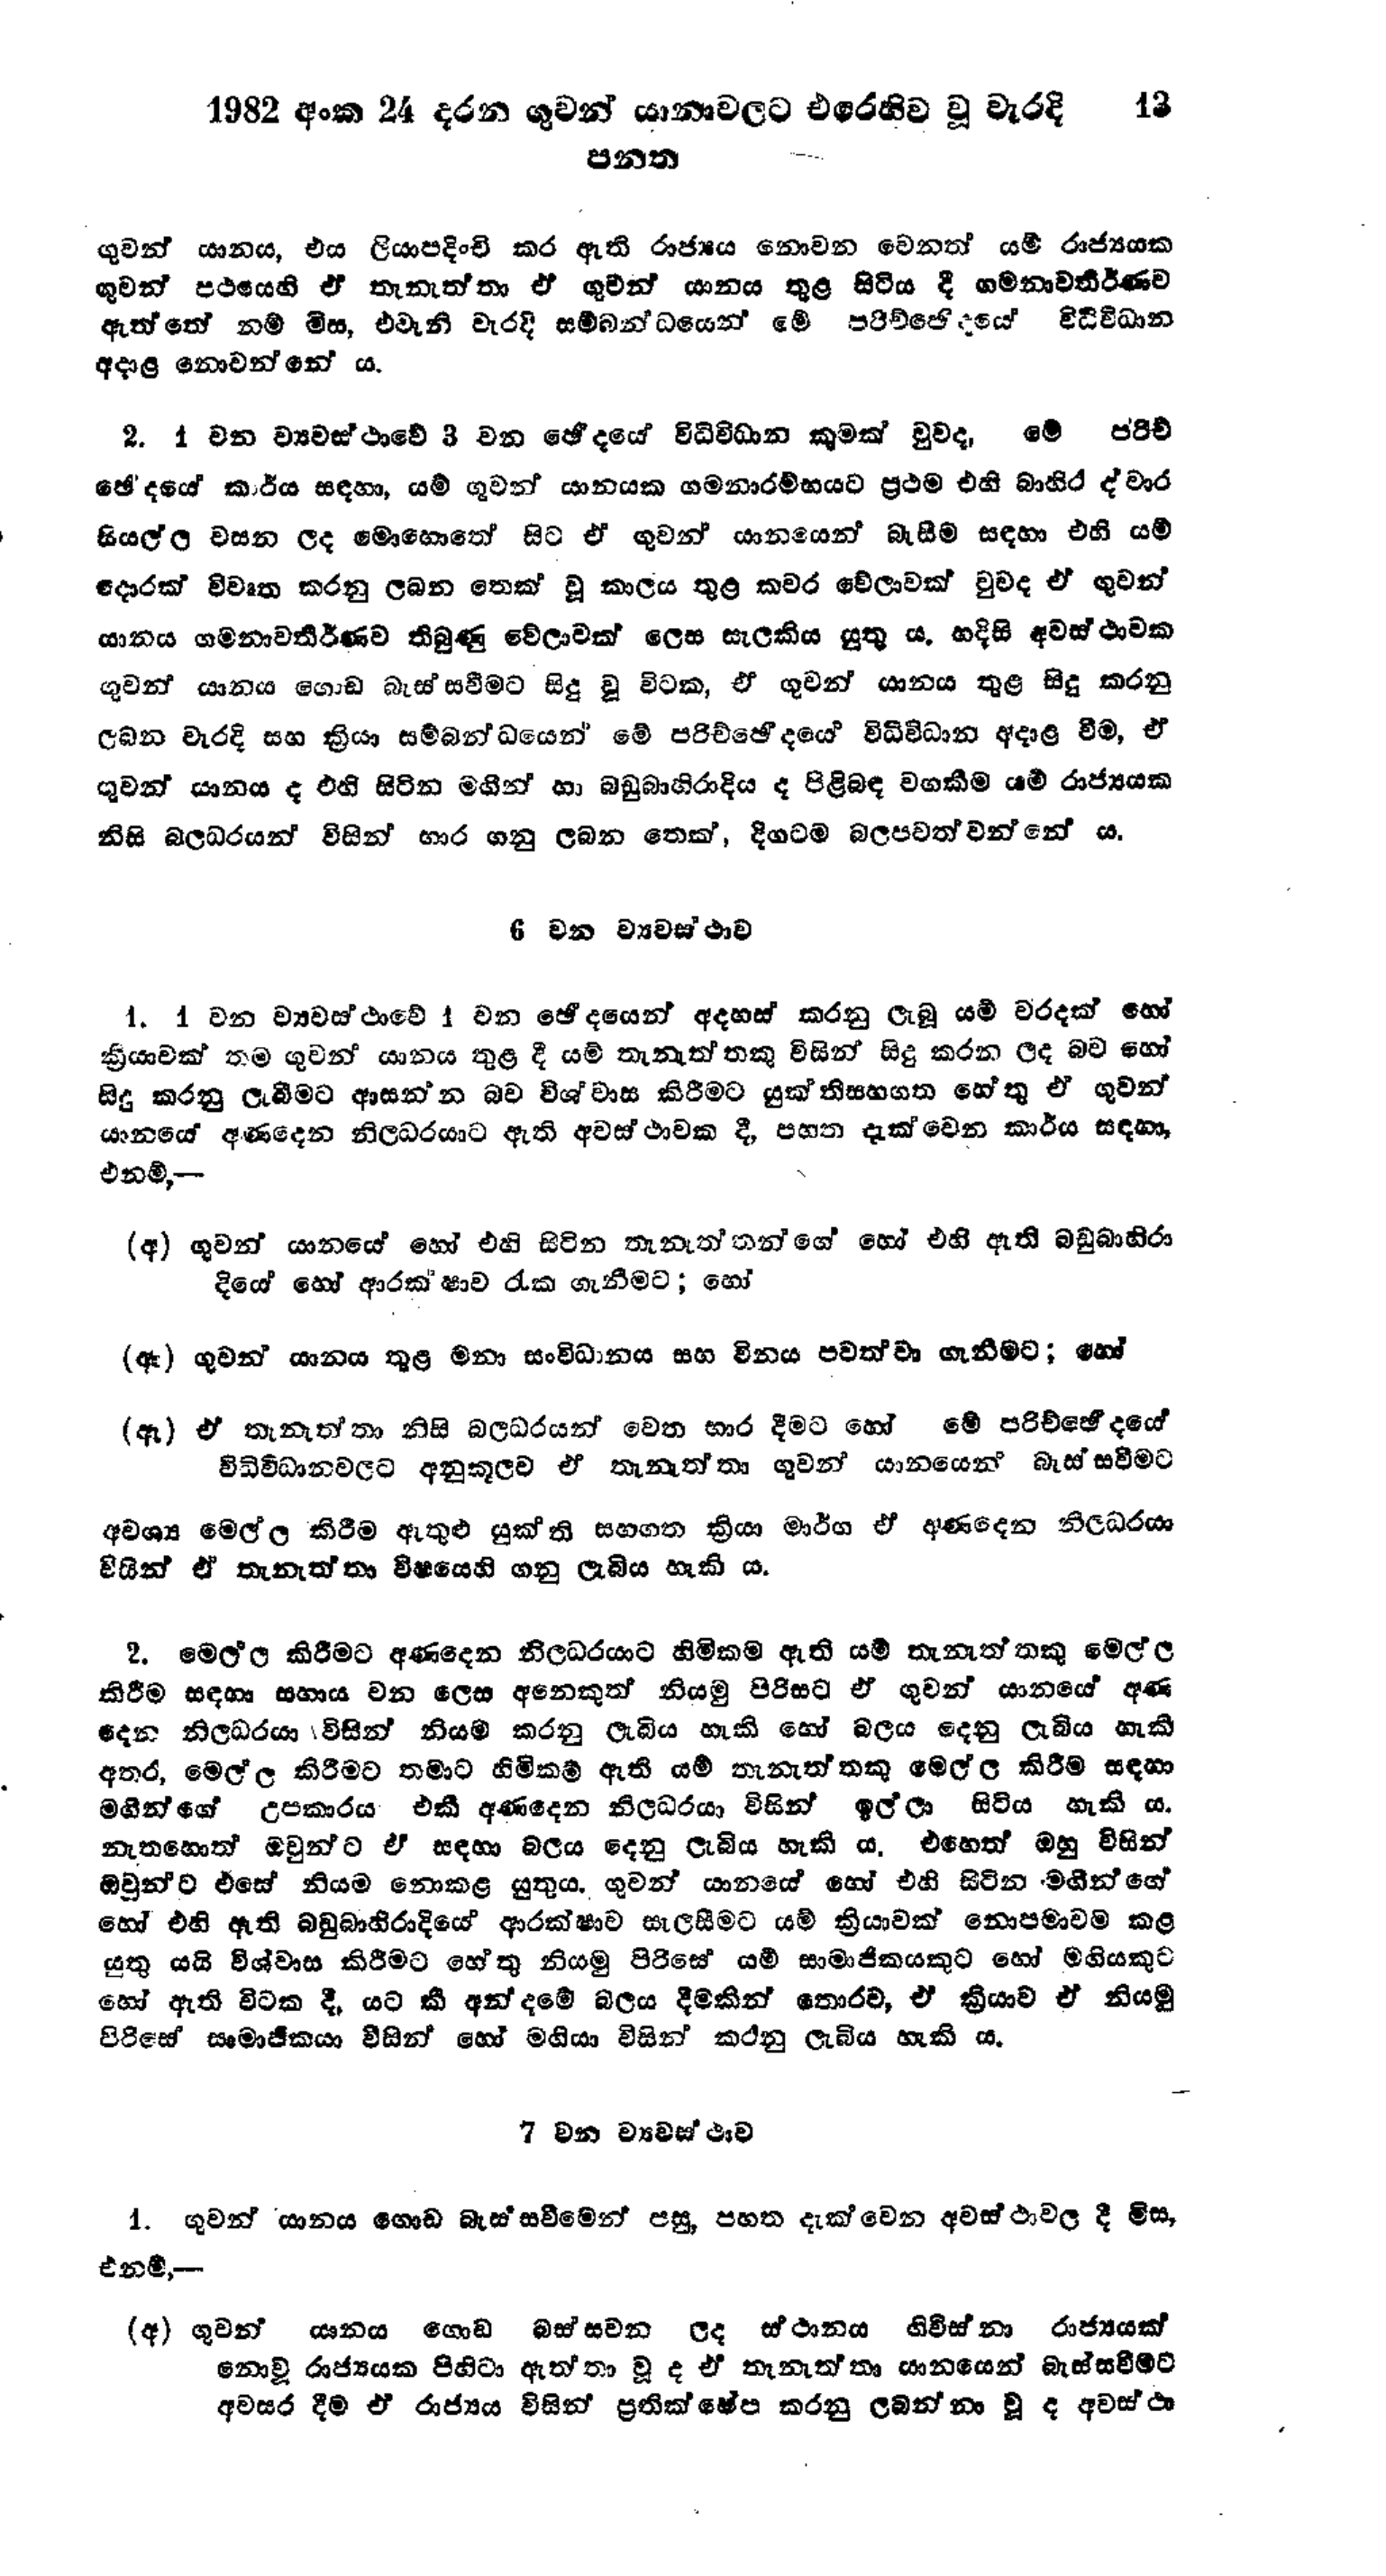
1982 අංක 24 දරන ගුවන් යානාවලට එරෙහිව වූ වැරදි  13
පනත

ගුවන් යානය, එය ලියාපදිංචි කර ඇති රාජ්‍යය නොවන වෙනත් යම් රාජ්‍යයක
ගුවන් පථයෙහි ඒ තැනැත්තා ඒ ගුවන් යානය තුළ සිටිය දී ගමනාවතීර්ණව
ඇත්තේ නම් මිස, එවැනි වැරදි සම්බන්ධයෙන් මේ පරිච්ඡෙදයෙ විධිවිධාන
අදාළ නොවන්නේ ය.

2. 1 වන ව්‍යවස්ථාවේ 3 වන ඡේදයේ විධිවිධාන කුමක් වුව ද, මේ පරිච්
ඡේදයේ කාර්ය සඳහා, යම් ගුවන් යානයක ගමනාරම්භයට ප්‍රථම එහි බාහිර ද් වාර
සියල්ල වසන ලද මොහොතේ සිට ඒ ගුවන් යානයෙන් බැසීම සඳහා එහි යම්
දොරක් විවෘත කරනු ලබන තෙක් වූ කාලය තුළ කවර වේලාවක් වුව ද ඒ ගුවන්
යානය ගමනාවර්තීර්ණව තිබුණු වේලාවක් ලෙස සැලකිය යුතු ය. හදිසි අවස්ථාවක
ගුවන් යානය ගොඩ බැස්සවීමට සිදු වූ විටක, ඒ ගුවන් යානය තුළ සිදු කරනු
ලබන වැරදි සහ ක්‍රියා සම්බන්ධයෙන් මේ පරිච්ඡේදයේ විධිවිධාන අදාළ වීම, ඒ
ගුවන් යානය ද එහි සිටින මගින් හා බඩුබාහිරාදිය ද පිළිබඳ වගකීම යම් රාජ්‍යයක
නිසි බලධරයන් විසින් භාර ගනු ලබන තෙක්, දිගටම බලපවත්වන්නේ ය.

6 වන ව්‍යවස්ථාව

1. 1 වන ව්‍යවස්ථාවේ 1 වන ඡේදයෙන් අදහස් කරනු ලැබූ යම් වරදක් හෝ
ක්‍රියාවක් තම ගුවන් යානය තුළ දී යම් තැනැත්තකු විසින් සිදු කරන ලද බව හෝ
සිදු කරනු ලැබීමට ආසන්න බව විශ්වාස කිරීමට යුක්ති සහගත හේතු ඒ ගුවන්
යානයේ අණදෙන නිලධරයාට ඇති අවස්ථාවක දී, පහත දැක්වෙන කාර්ය සඳහා,
එනම්,-

(අ) ගුවන් යානයේ හෝ එහි සිටින තැනැත්තන්ගේ හෝ එහි ඇති බඩුබාහිරා
දියේ හෝ ආරක්ෂාව රැක ගැනීමට; හෝ

(ඇ) ගුවන් යානය තුළ මනා සංවිධානය සහ විනය පවත්වා ගැනීමට; හෝ

(ඈ) ඒ තැනැත්තා නිසි බලධරයන් වෙත භාර දීමට හෝ මේ පරිච්ඡේදයේ
විධිවිධානවලට අනුකූලව ඒ තැනැත්තා ගුවන් යානයෙන් බැස්සවීමට

අවශ්‍ය මෙල්ල කිරීම ඇතුළු යුක්ති සහගත ක්‍රියා මාර්ග ඒ අණදෙන නිලධරයා
විසින් ඒ තැනැත්තා විෂයෙහි ගනු ලැබිය හැකි ය.

2. මෙල්ල කිරීමට අණදෙන නිලධරයාට හිමිකම ඇති යම් තැනැත්තකු මෙල්ල
කිරීම සඳහා සහාය වන ලෙස අනෙකුත් නියමු පිරිසට ඒ ගුවන් යානයේ අණ
දෙන නිලධරයා විසින් නියම කරනු ලැබිය හැකි හෝ බලය දෙනු ලැබිය හැකි
අතර, මෙල්ල කිරිමට තමාට හිමිකම් ඇති යම් තැනැත්තකු මෙල්ල කිරීම සඳහා
මගින්ගේ උපකාරය එකී අණදෙන නිලධරයා විසින් ඉල්ලා සිටිය හැකි ය.
නැතහොත් ඔවුන්ට ඒ සඳහා බලය දෙනු ලැබිය හැකි ය. එහෙත් ඔහු විසින්
ඔවුන්ට එසේ නියම නොකළ යුතුය. ගුවන් යානයේ හෝ එහි සිටින මගින්ගේ
හෝ එහි ඇති බඩුබාහිරාදියේ ආරක්ෂාව සැලසීමට යම් ක්‍රියාවක් නොපමාවම කළ
යුතු යයි විශ්වාස කිරීමට හේතු නියමු පිරිසේ යම් සාමාජිකයකුට හෝ මගියකුට
හෝ ඇති විටක දී. යට කී අන්දමේ බලය දීමකින් තොරව, ඒ ක්‍රියාව ඒ නියමු
පිරිසේ සාමාජිකයා විසින් හෝ මගියා විසින් කරනු ලැබිය හැකි ය.

7 වන ව්‍යවස්ථාව

1. ගුවන් යානය ගොඩ බැස්සවීමෙන් පසු, පහත දැක්වෙන අවස්ථාවල දී මිස,
එනම්:--

(අ) ගුවන් යානය ගොඩ බස්සවන ලද ස්ථානය ගිවිස්නා රාජ්‍යයක්
නොවූ රාජ්‍යයක පිහිටා ඇත්තා වූ ද ඒ තැනැත්තා යානයෙන් බැස්සවීමට
අවසර දීම ඒ රාජ්‍යය විසින් ප්‍රතික්ෂේප කරනු ලබන්නා වූ ද අවස්ථා